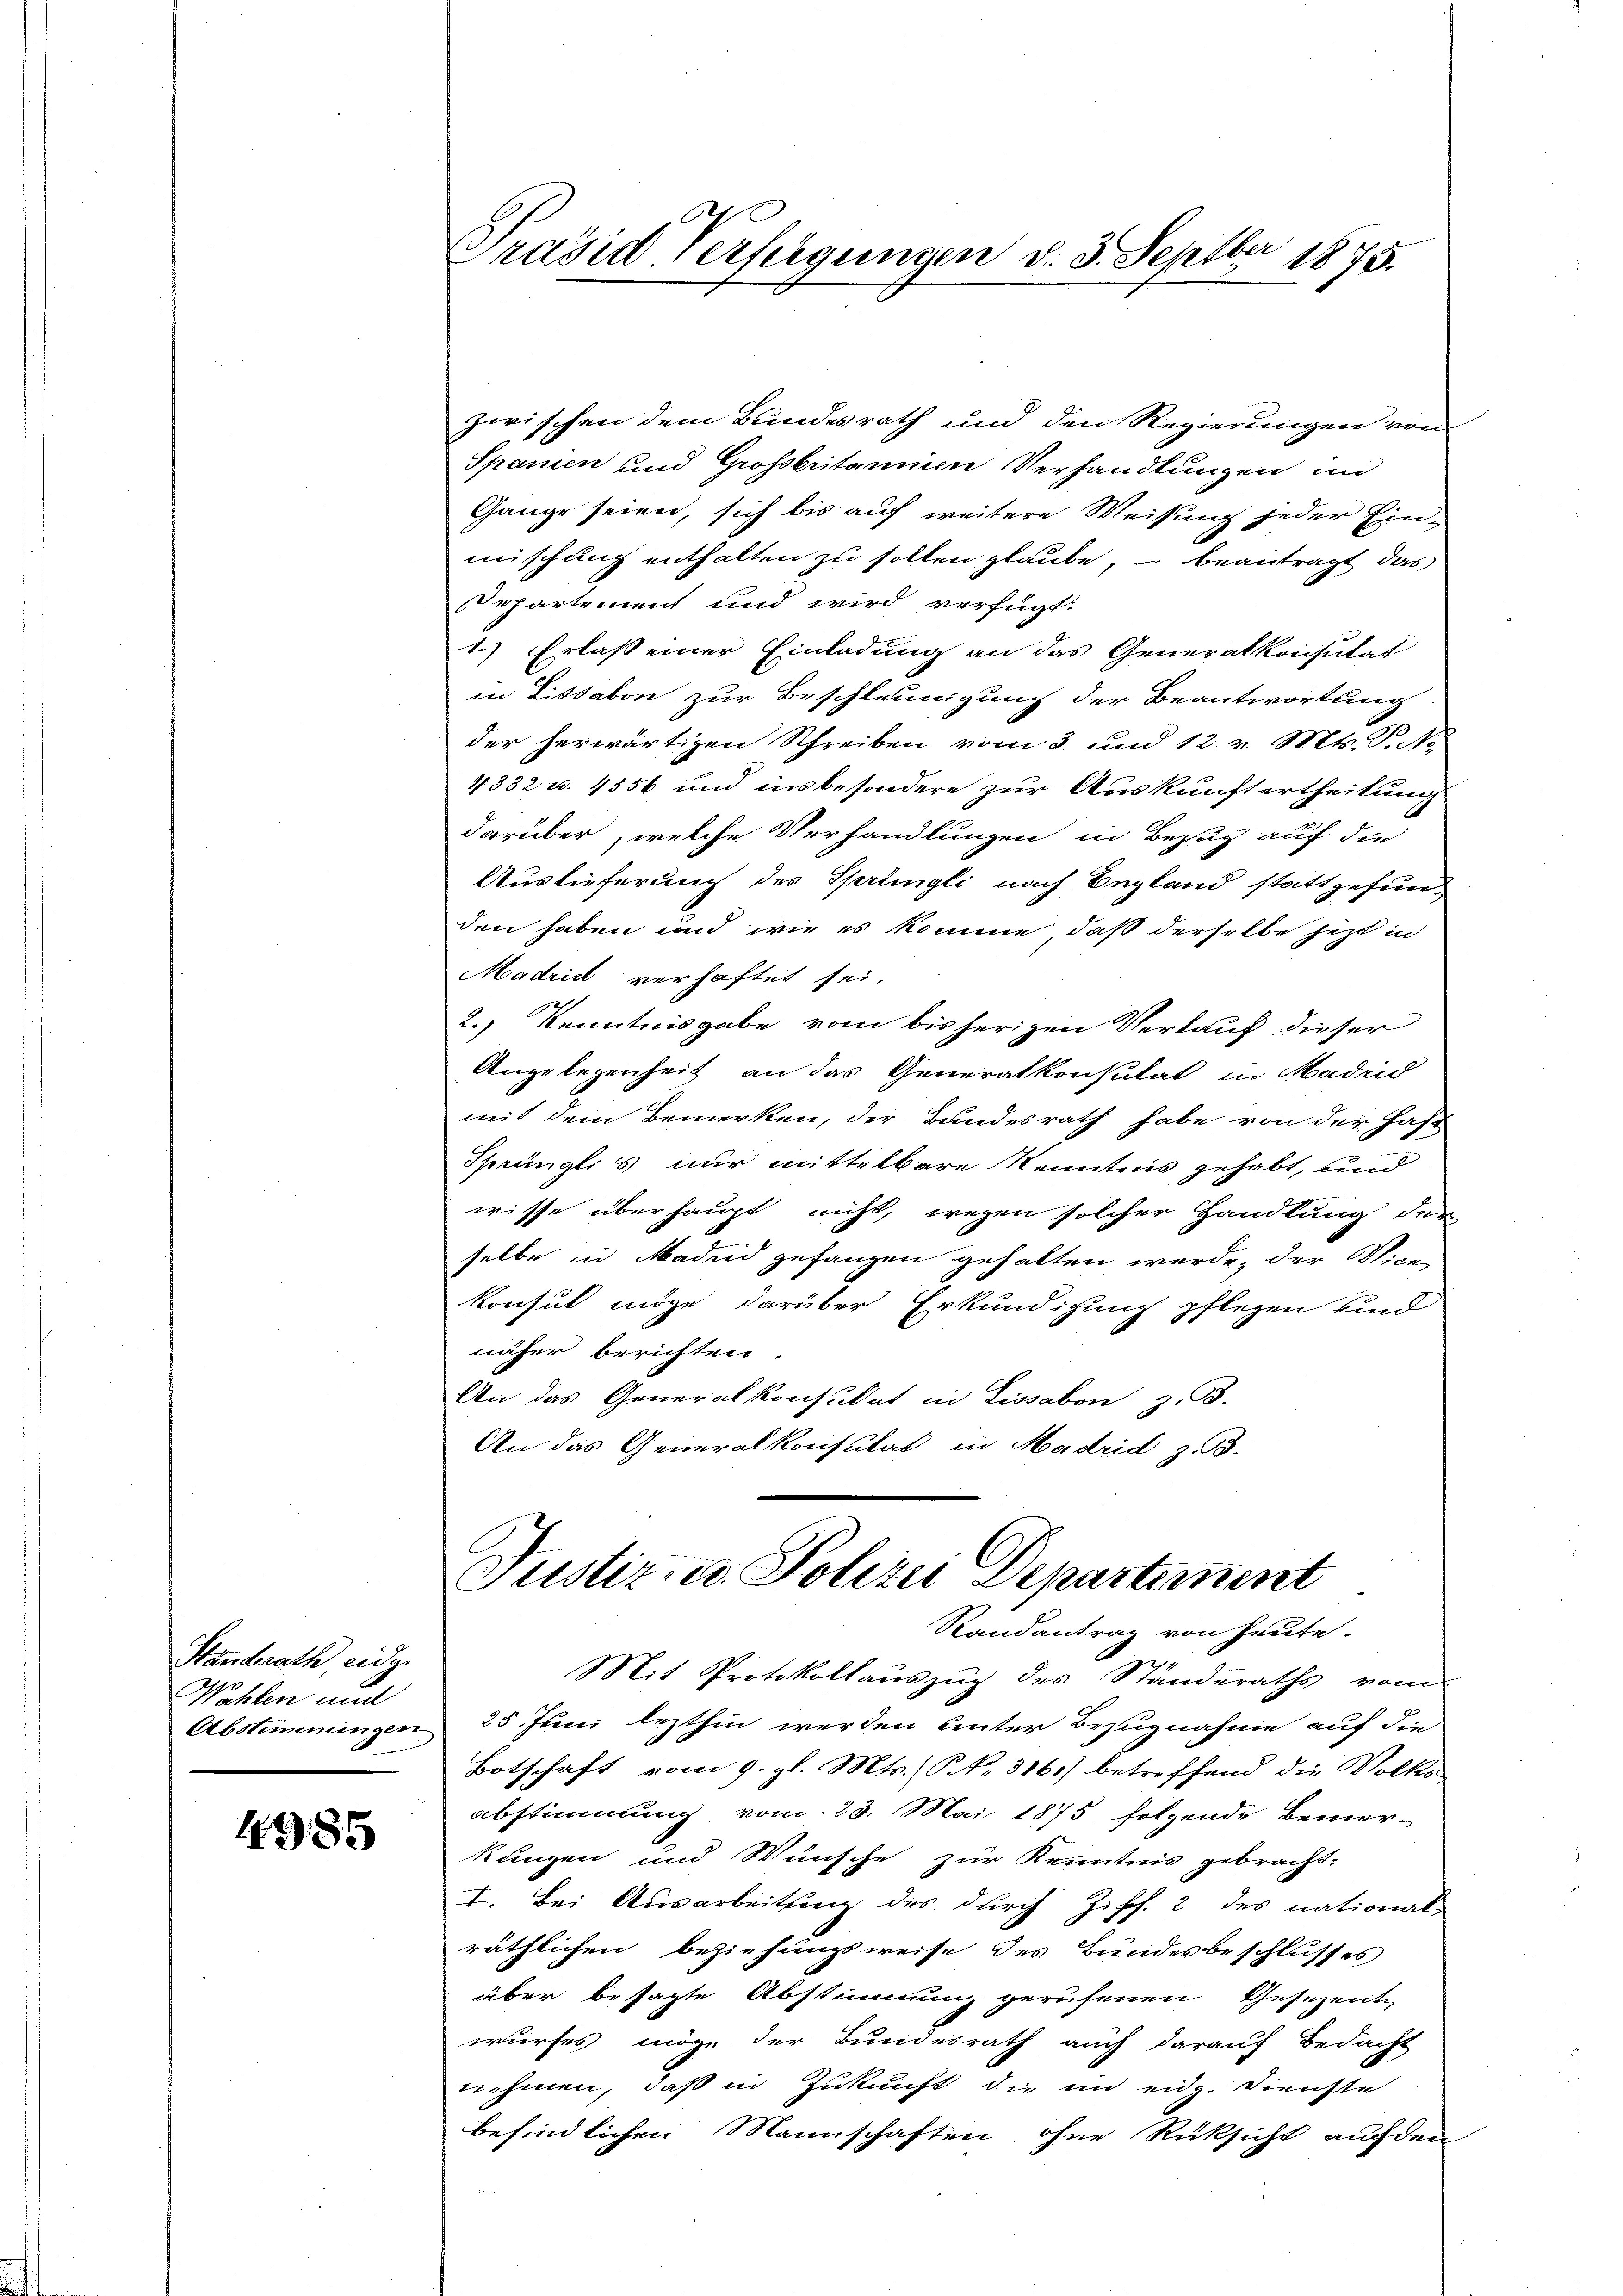
Standerath eider
Wahlen und
Abstimmungen

4985

Präsid. Verfügungen d. 3. Septbr 1875.

zwischen dem Bundesrath und den Regierungen von
Spanien und Grossbritannien Verhandlungen un
Gange seien, sich bis auf weitere Weisung jeder Ein¬
E
mischung enthalten zu sollen glaube, – beantragt das
Departement und wird verfügt:
1.) Erlass einer Einladung an das Generalkonsutat
in Lissabon zur Beschleunigung der Beantwortung
der herwärtigen Schreiben vom 3. und 12. v. Mts. T. No
4332 u. 4556 und insbesondere zur Auskunftertheilung
darüber, welche Verhandlungen in Bezug auf die
Auslieferung des Springli nach Begland stattgefunden haben und wie es komme, daß derselbe jetzt in
Madrid verhaftet sei.
2.) Kenntnisgabe vom bisherigen Verkauf dieser
Angelegenheit an das Generalkonsulat in Madrid
mit dem Bemerken, der Bundesrath habe von der Haft
Sprünglis nur mittelbare Kenntnis gehabt, und
wisse überhaupt nicht, wegen solcher Handlung der
selbe in Madend gefangen gehalten werde, der Vice-
konsul möge darüber Erkundigung pflegen sind
näher berichten
An das Generalkonsulat in Lissabon z. B.
An das Generalkonsulat in Madrid z. B.
Justiz, u. Polizei Departement
Randantrag von Heute.
Mit Protokollauszug des Standeraths vom
25 Juni lezthin werden unter Bezugnahme auf die
Botschaft vom 9. gl. Mts. (P. Nr. 316) betreffend die Volks-
abstimmung vom 23. Mai 1875 folgende Bemer-
kunzen und Wünsche zur Kenntnis gebracht.
I. Bei Ausarbeitung des durch Ziff. 2 des national-
räthlichen Beziehungsweise des Bundesbeschlusses
über besagte Abstimmung gerufenen Gesezente
wurfes möge der Bundesrath auch darauf Bedacht
nehmen, daß in Zukunft die im eidg. Dienste
befindlichen Mannschaften ohne Rüksicht auf den